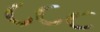
૮૮૮